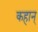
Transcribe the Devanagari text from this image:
कहान्